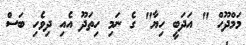
މަމްދޫހް " އަދަބީ ހިޔާ" ގެ ނަމި ހިތަދޫ އެއި ދިވެހި ބަސް